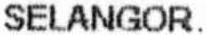
SELANGOR.